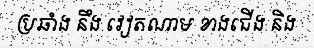
ប្រឆាំង នឹង វៀតណាម ខាងជើង និង